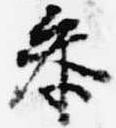
参